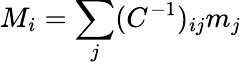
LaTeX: M_{i}=\sum_{j}(C^{-1})_{ij}m_{j}